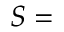
S =